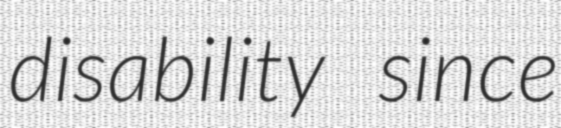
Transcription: disability since